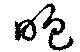
咆